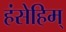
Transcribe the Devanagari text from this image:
हंसेहिम्‌